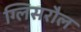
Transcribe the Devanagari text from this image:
ग्लिसरौल